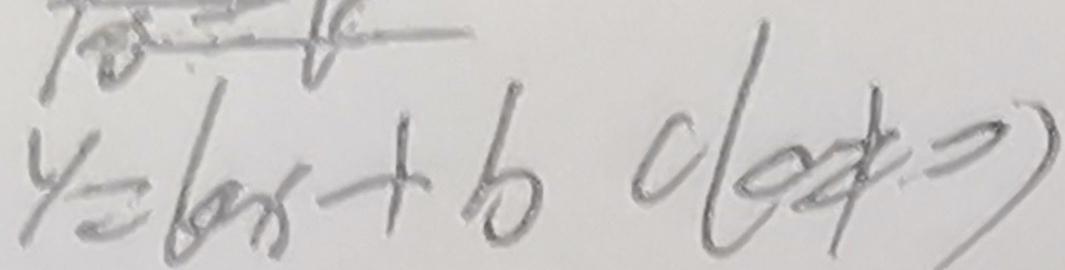
y = k x + b c ( c \neq 0 )